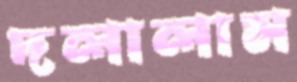
দলালাম